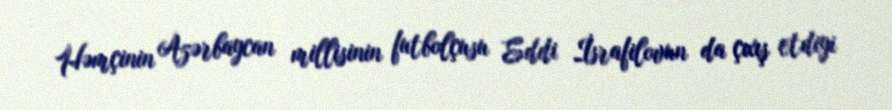
Həmçinin Azərbaycan millisinin futbolçusu Eddi İsrafilovun da çıxış etdiyi